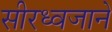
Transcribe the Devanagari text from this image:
सीरध्वजाने